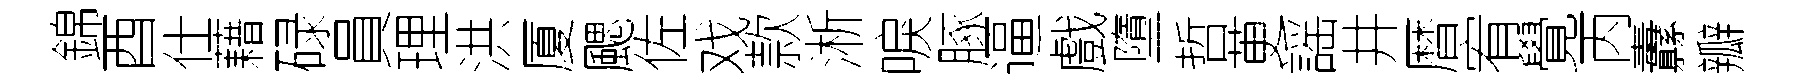
錦酉仕藉碌員理洪厦颸佐戏款淅唳䐁逼戲墮哲茰謡井暦宥覺丙纛瓣